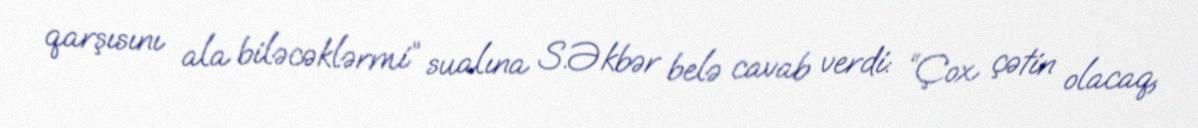
qarşısını ala biləcəklərmi” sualına S.Əkbər belə cavab verdi: “Çox çətin olacaq,